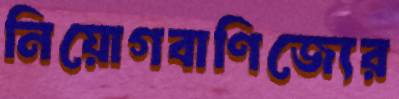
নিয়োগবাণিজ্যের